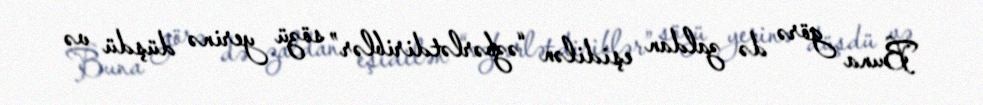
Buna görə də zaldan eşidilən “əzbərlətdiriblər” sözü yerinə düşdü və